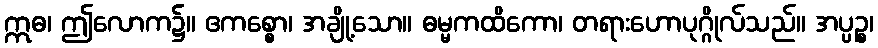
ဣဓ၊ ဤလောက၌။ ဧကစ္စော၊ အချို့သော။ ဓမ္မကထိကော၊ တရားဟောပုဂ္ဂိုလ်သည်။ အပ္ပဉ္စ၊